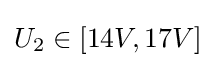
U_{2}\in [14V,17V]